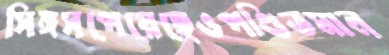
সিঙ্গসপেয়েছেওপণ্ডিতমান